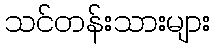
သင်တန်းသားများ